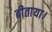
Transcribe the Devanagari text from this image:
बीताया।